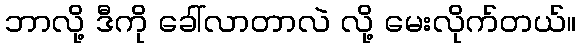
ဘာလို့ ဒီကို ခေါ်လာတာလဲ လို့ မေးလိုက်တယ်။